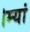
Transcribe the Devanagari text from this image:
।म्यां